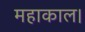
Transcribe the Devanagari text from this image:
महाकाल।